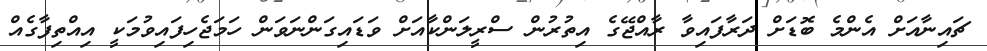
ޗައިނާއަށް އެންމެ ބޮޑަށް ދަރާފައިވާ ރާއްޖޭގެ އިތުރުން ސްރީލަންކާއަށް ވަޑައިގަންނަވަން ހަމަޖެހިފައިވުމަކީ އިއްތިފާގެއް